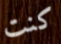
كنت